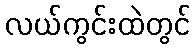
လယ်ကွင်းထဲတွင်